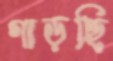
গাড়ছি